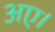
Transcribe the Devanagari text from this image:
अए।